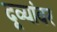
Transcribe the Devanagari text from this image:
दूव्यांवर